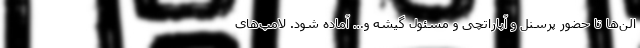
الن‌ها تا حضور پرسنل و آپاراتچی و مسئول گیشه و… آماده شود. لامپ‌های